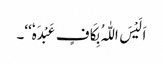
اَلَیْسَ اللّٰہُ بِکَافٍ عَبْدَہٗ‘‘۔